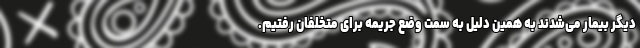
دیگر بیمار می‌شدند به همین دلیل به سمت وضع جریمه برای متخلفان رفتیم.